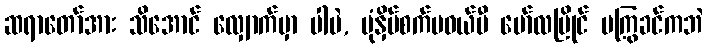
ဆရာတော်အား သိအောင် လျှောက်မှာ ပါပဲ, ပုံနှိပ်စက်မဝယ်မီ မော်လမြိုင် မကြွခင်ကဘဲ